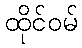
ထိုင်ဝမ်